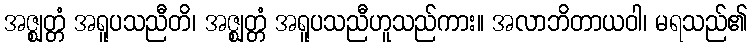
အဇ္ဈတ္တံ အရူပသညီတိ၊ အဇ္ဈတ္တံ အရူပသညီဟူသည်ကား။ အလာဘိတာယဝါ၊ မရသည်၏